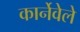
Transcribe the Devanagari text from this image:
कार्नेवेले